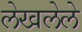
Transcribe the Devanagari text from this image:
लेखलेले